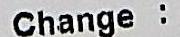
CHANGE :